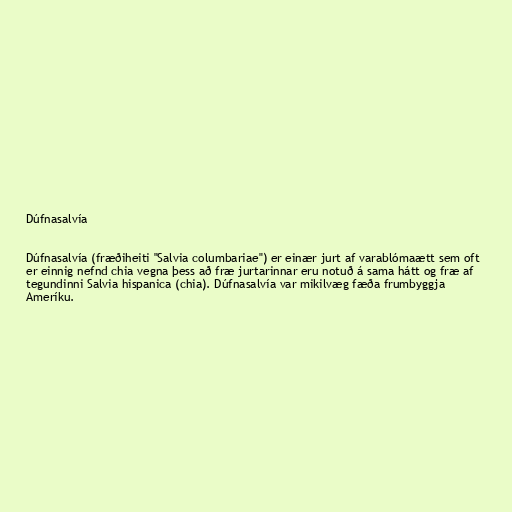
Dúfnasalvía

Dúfnasalvía (fræðiheiti "Salvia columbariae") er einær jurt af varablómaætt sem oft
er einnig nefnd chia vegna þess að fræ jurtarinnar eru notuð á sama hátt og fræ af
tegundinni Salvia hispanica (chia). Dúfnasalvía var mikilvæg fæða frumbyggja
Ameríku.